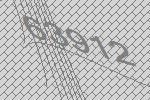
63912